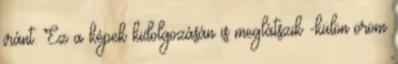
iránt. Ez a képek kidolgozásán is meglátszik -külön öröm